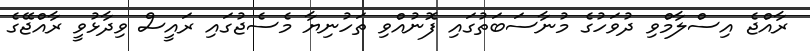
ރާއްޖެ އިސްލާމްވި ދުވަހުގެ މުނާސަބަތުގައި ފޮނުއްވި ތަހުނިޔާ މެސެޖުގައި ރައީސް ވިދާޅުވީ ރާއްޖޭގެ